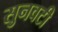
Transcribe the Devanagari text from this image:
सुनवटी